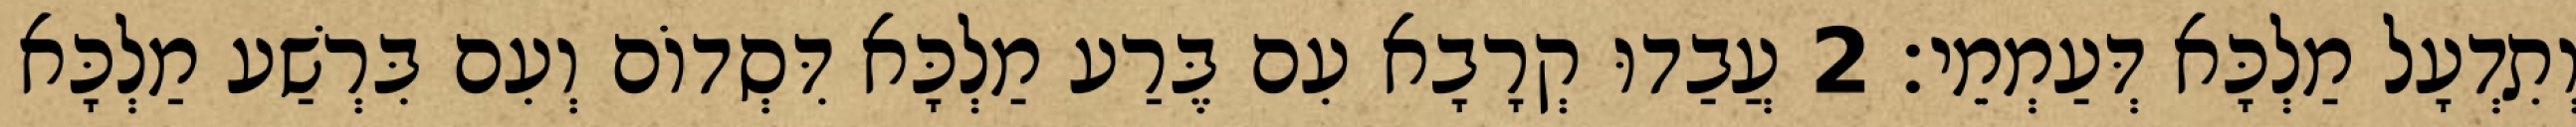
וְתִדְעָל מַלְכָּא דְּעַמְמֵי׃ 2 עֲבַדוּ קְרָבָא עִם בֶּרַע מַלְכָּא דִּסְדוֹם וְעִם בִּרְשַׁע מַלְכָּא